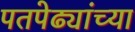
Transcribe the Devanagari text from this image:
पतपेढ्यांच्या